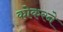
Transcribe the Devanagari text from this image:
कोकरने